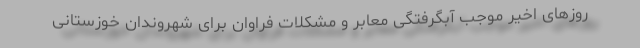
روزهای اخیر موجب آبگرفتگی معابر و مشکلات فراوان برای شهروندان خوزستانی